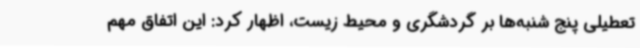
تعطیلی پنج شنبه‌ها بر گردشگری و محیط زیست، اظهار کرد: این اتفاق مهم